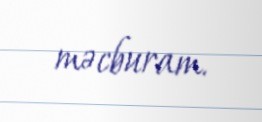
məcburam.